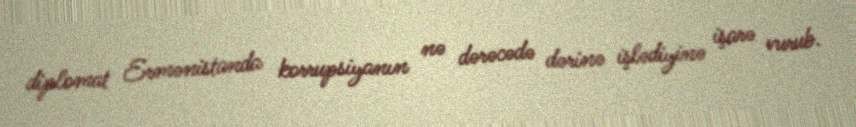
diplomat Ermənistanda korrupsiyanın nə dərəcədə dərinə işlədiyinə işarə vurub.